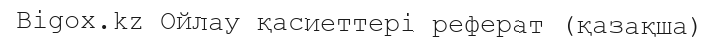
Bigox.kz Ойлау қасиеттері реферат (қазақша)